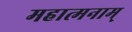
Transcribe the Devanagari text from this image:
महात्मनाम्